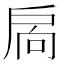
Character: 扄